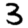
Digit: 3